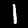
Digit: 1